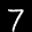
Label: 7